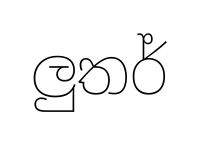
ලුතර්